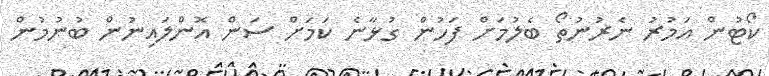
ކޯޓުން އަމުރު ނެރުނުތޯ ބެލުމަށް ފަހުން ގުޅާނެ ކަމަށް ސަން އޮންލައިނުން ބުނުމުން